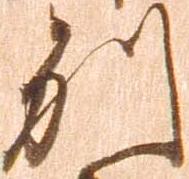
別